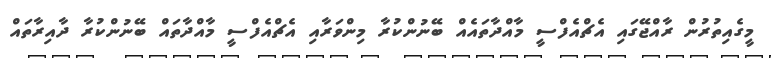
މީގެއިތުރުން ރާއްޖޭގައި އެޗްއެފްސީ މާއްދާތައެއް ބޭނުންކުރާ މިންވަރާއި އެޗްއެފްސީ މާއްދާތައް ބޭނުންކުރާ ދާއިރާތައް